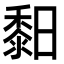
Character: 䵒